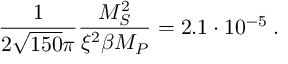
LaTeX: { \frac { 1 } { 2 \sqrt { 1 5 0 } \pi } } { \frac { M _ { S } ^ { 2 } } { \xi ^ { 2 } \beta M _ { P } } } = 2 . 1 \cdot 1 0 ^ { - 5 } \; .